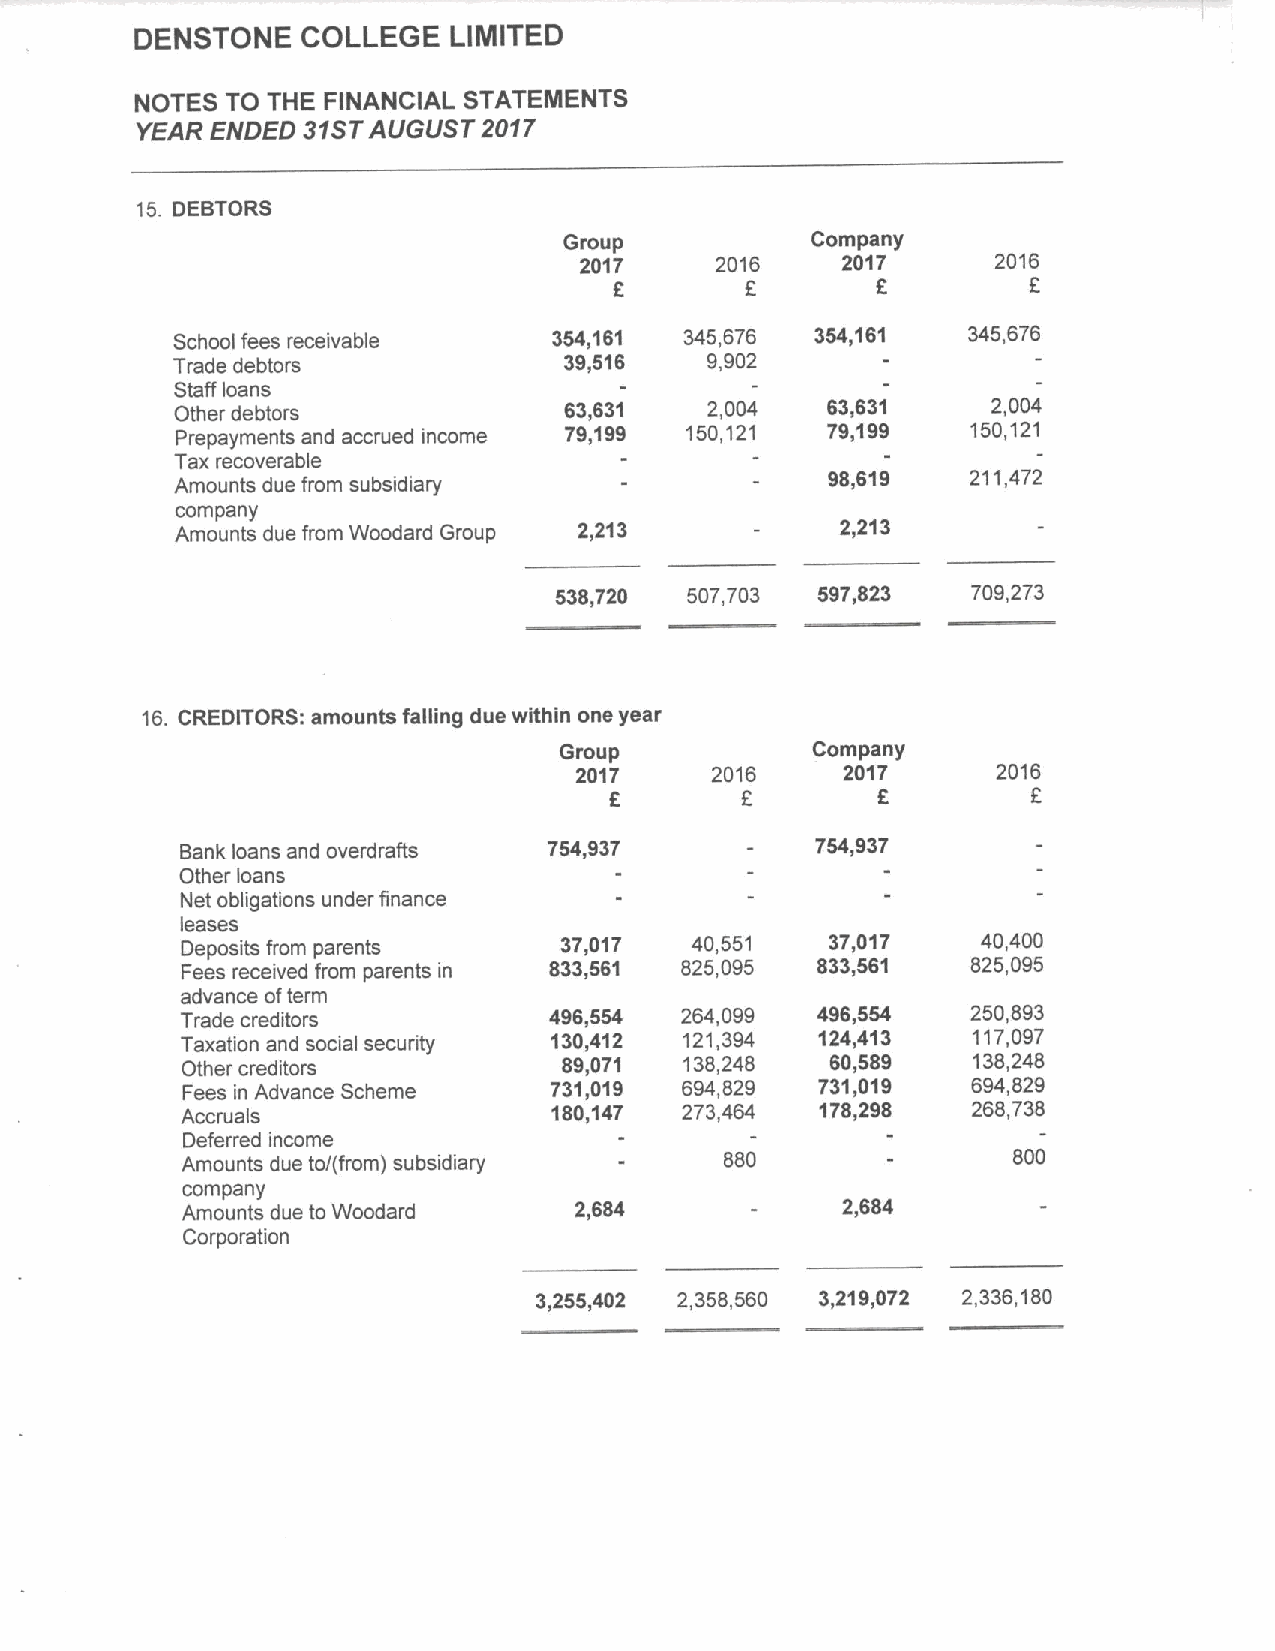
DENSTONE   COLLEGE   LIMITED
 NOTES TO THE FINANCIAL STATEMENTS
 YEAR ENDED 31STAUGUST  2017
 15. DEBTORS
 Group            Company
 2017     2016     2017      2016
 f
 6                          F
 School fees receivable   354,161 345,676  354,161   345,676
 Trade debtors             39,516    9,902
 Staff loans
 Other debtors            63,631    2,004   63,631     2,004
 Prepayments and accrued income 79,199 150,121 79,199 150,121
 Tax recoverable
 98,619   211,472
 Amounts due from subsidiary
 company
 Amounts due from Woodard Group 2 213        2 213
 538,720 507,703  597,823   709,273
 16. CREDITORS: amounts falling due within one year
 Group            Company
 2017     2016     2017      2016
 F        6         F
 Bank loans and overdrafts 754,937         754,937
 Other loans
 Net obligations under finance
 leases
 Deposits from parents    37,017   40,551   37,017    40,400
 Fees received from parents in 833,561 825,095 833,561 825,095
 advance ofterm
 Trade creditors         496,554  264,099  496,554   250,893
 Taxation and social security 130,412 121,394 124,413 117,097
 Other creditors          89,071  138,248   60,589   138,248
 Fees in Advance Scheme  731,019  694,829  731,019   694,829
 Accruals                180,147  273,464  178,298   268,738
 Deferred income
 Amounts due to/(from) subsidiary    880                800
 company
 Amounts due to Woodard    2,684             2,684
 Corporation
 3,255,402 2,358,560 3,219,072 2,336,180